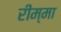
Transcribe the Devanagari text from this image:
रीम्मा